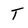
Character: T